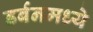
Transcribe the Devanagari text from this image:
डर्बनमध्ये